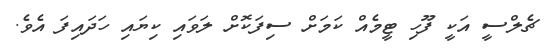
ޗެލްސީ އަކީ ފޫހި ޓީމެއް ކަމަށް ސިފަކޮށް ލަވައި ކިޔައި ހަދައިފަ އެވެ.